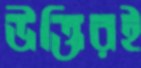
উক্তিরই